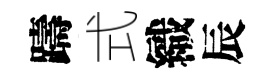
躊式織辰